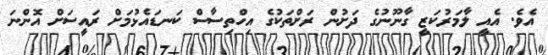
އެވެ. އެއީ ލާމަރުކަޒީ ގާނޫނުގެ ދަށުން ރަށްތަކުގެ އިހްތިސާސް ކަނޑައެޅުމަށް ރައީސަށް އޮންނަ